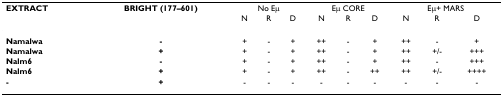
<table><thead><tr><td><b>EXTRACT</b></td><td><b>BRIGHT (177–601)</b></td><td colspan="3"><b>No Eμ</b></td><td colspan="3"><b>Eμ CORE</b></td><td colspan="3"><b>Eμ+ MARS</b></td></tr><tr><td></td><td></td><td><b>N</b></td><td><b>R</b></td><td><b>D</b></td><td><b>N</b></td><td><b>R</b></td><td><b>D</b></td><td><b>N</b></td><td><b>R</b></td><td><b>D</b></td></tr></thead><tbody><tr><td><b>Namalwa</b></td><td><b>-</b></td><td>+</td><td>-</td><td>+</td><td>++</td><td>-</td><td>+</td><td>++</td><td>-</td><td>+</td></tr><tr><td><b>Namalwa</b></td><td><b>+</b></td><td>+</td><td>-</td><td>+</td><td>++</td><td>-</td><td>+</td><td>++</td><td>+/-</td><td>+++</td></tr><tr><td><b>Nalm6</b></td><td><b>-</b></td><td>+</td><td>-</td><td>+</td><td>++</td><td>-</td><td>+</td><td>++</td><td>-</td><td>+++</td></tr><tr><td><b>Nalm6</b></td><td><b>+</b></td><td>+</td><td>-</td><td>+</td><td>++</td><td>-</td><td>++</td><td>++</td><td>+/-</td><td>++++</td></tr><tr><td><b>-</b></td><td><b>+</b></td><td>-</td><td>-</td><td>-</td><td>-</td><td>-</td><td>-</td><td>-</td><td>-</td><td>-</td></tr></tbody></table>